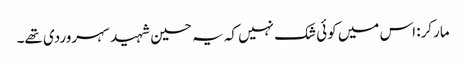
مارکر: اس میں کوئی شک نہیں کہ یہ حسین شہید سہروردی تھے۔